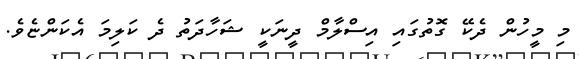
މި މީހުން ދެކޭ ގޮތުގައި އިސްލާމް ދީނަކީ ޝަހާދަތު ދެ ކަލިމަ އެކަންޏެވެ.